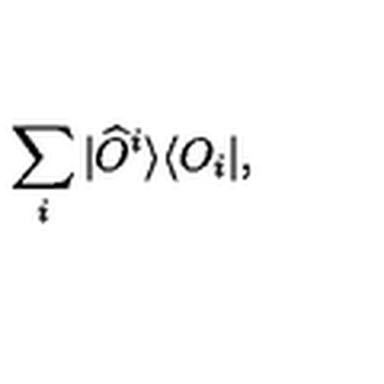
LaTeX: \sum _ { i } | \widehat { O } ^ { i } \rangle \langle O _ { i } | ,